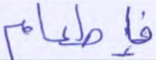
فإطعام